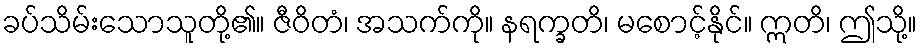
ခပ်သိမ်းသောသူတို့၏။ ဇီဝိတံ၊ အသက်ကို။ နရက္ခတိ၊ မစောင့်နိုင်။ ဣတိ၊ ဤသို့။